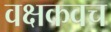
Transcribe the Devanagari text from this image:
वक्षकवच